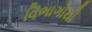
વિભાગોથી